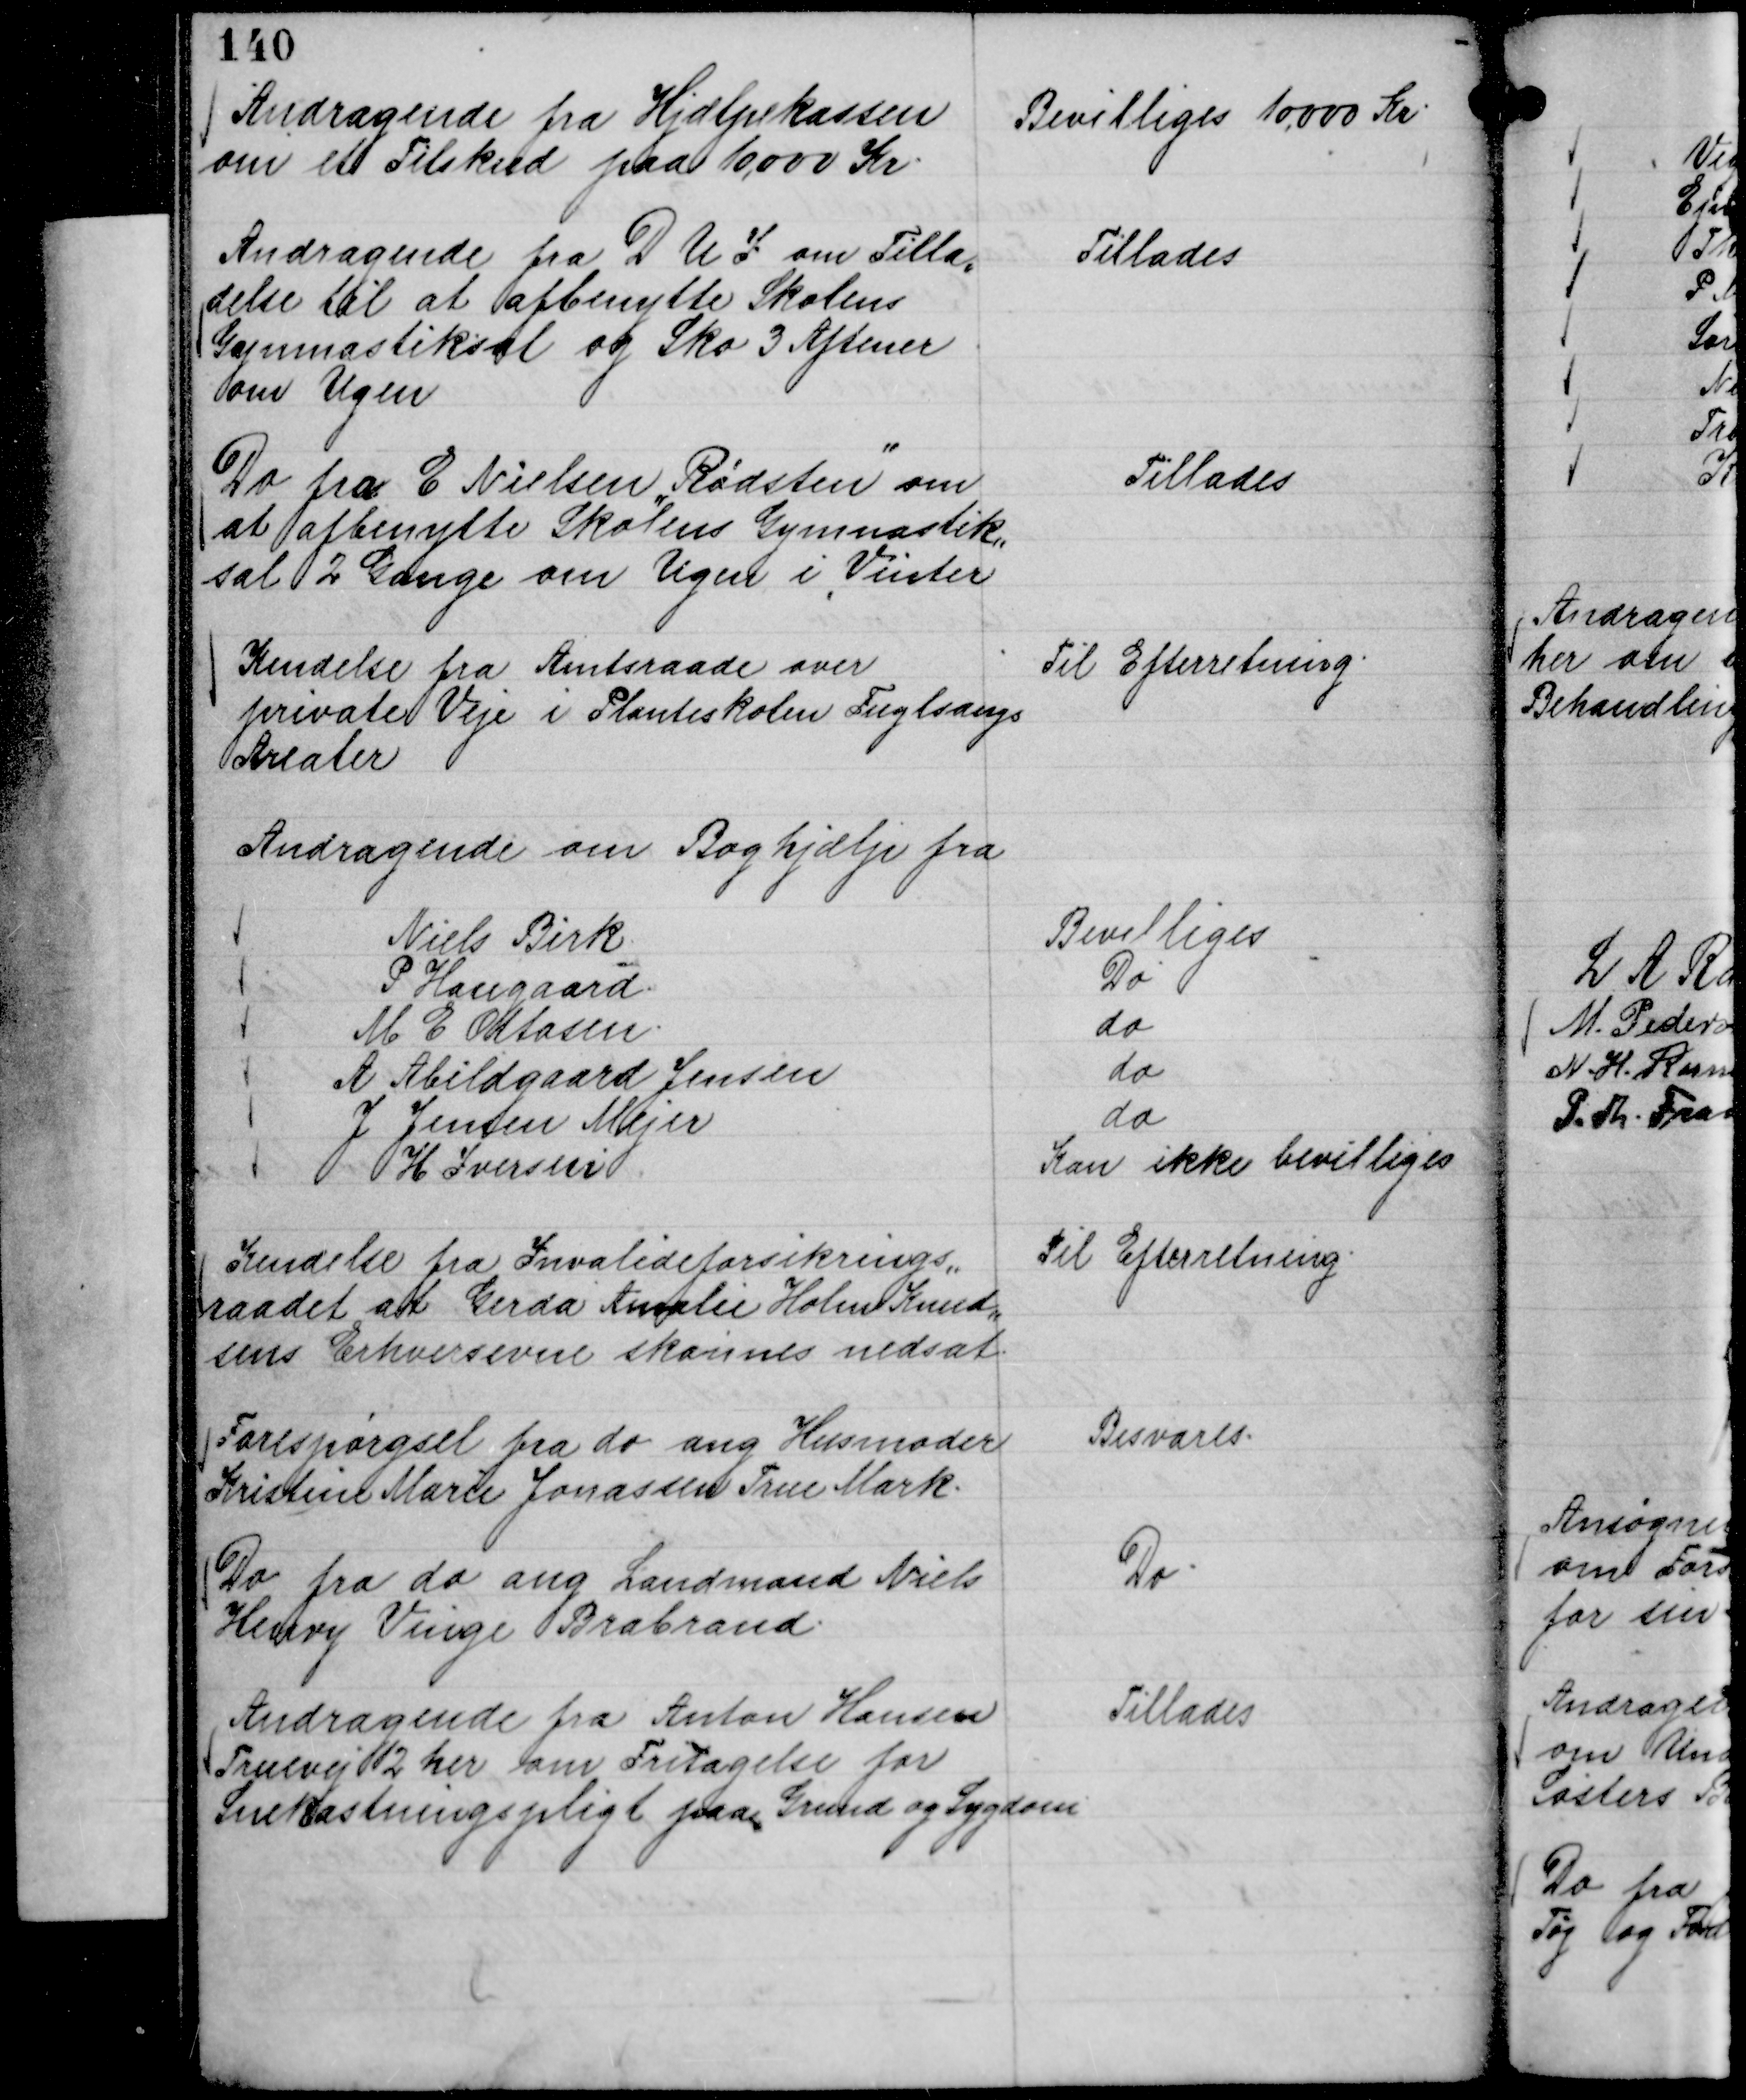
Transskription:
Andragende fra Hjælpekassen
om et Tilskud paa 10.000 kr.

Bevilliges 10.000 Kr.

Andragende fra D U I om Tilla,,
delse til at afbenytte Skolens
Gymnastiksal og Sko 3 Aftener
om Ugen

Tillades

Do fra E Nielsen "Rødsten
"
om
at afbenytte Skolens Gymnastik,,
sal 2 Gange om Ugen i Vinter

Tillades

Kendelse fra Amtsraade over
private Veje i Planteskolen Fuglsangs
Arealer

Til Efterretning.

Andragende om Boghjælp fra
Niels Birk
Bevilliges
P Haugaard.
Do
M E Ottosen.
do
A Abildgaard Jensen
do
J Jensen Mejer
do
H Iversen
Kan ikke bevilliges

Kendelse fra Invalideforsikrings,,
raadet at Gerda Amalie Holm Knud,,
sens Erhversevne skønnes nedsat.

Til Efterretning.

Forespørgsel fra do ang Husmoder
Kristine Marie Jonassen True Mark.

Besvares.

Do fra do ang Landmand Niels
Henry Vinge Brabrand.

Do.

Andragende fra Anton Hansen
Truevej 12 her om Fritagelse for
Snekastningspligt paa Grund af Sygdom

Tillades